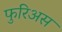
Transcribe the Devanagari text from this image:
फुरिअस